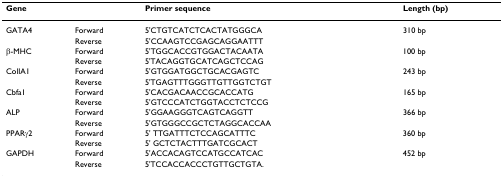
<table><thead><tr><td><b>Gene</b></td><td></td><td><b>Primer sequence</b></td><td><b>Length (bp)</b></td></tr></thead><tbody><tr><td>GATA4</td><td>Forward</td><td>5&#x27;CTGTCATCTCACTATGGGCA</td><td>310 bp</td></tr><tr><td></td><td>Reverse</td><td>5&#x27;CCAAGTCCGAGCAGGAATTT</td><td></td></tr><tr><td>β-MHC</td><td>Forward</td><td>5&#x27;TGGCACCGTGGACTACAATA</td><td>100 bp</td></tr><tr><td></td><td>Reverse</td><td>5&#x27;TACAGGTGCATCAGCTCCAG</td><td></td></tr><tr><td>ColIA1</td><td>Forward</td><td>5&#x27;GTGGATGGCTGCACGAGTC</td><td>243 bp</td></tr><tr><td></td><td>Reverse</td><td>5&#x27;TGAGTTTGGGTTGTTGGTCTGT</td><td></td></tr><tr><td>Cbfa1</td><td>Forward</td><td>5&#x27;CACGACAACCGCACCATG</td><td>165 bp</td></tr><tr><td></td><td>Reverse</td><td>5&#x27;GTCCCATCTGGTACCTCTCCG</td><td></td></tr><tr><td>ALP</td><td>Forward</td><td>5&#x27;GGAAGGGTCAGTCAGGTT</td><td>366 bp</td></tr><tr><td></td><td>Reverse</td><td>5&#x27;GTGGGCCGCTCTAGGCACCAA</td><td></td></tr><tr><td>PPARγ2</td><td>Forward</td><td>5&#x27; TTGATTTCTCCAGCATTTC</td><td>360 bp</td></tr><tr><td></td><td>Reverse</td><td>5&#x27; GCTCTACTTTGATCGCACT</td><td></td></tr><tr><td>GAPDH</td><td>Forward</td><td>5&#x27;ACCACAGTCCATGCCATCAC</td><td>452 bp</td></tr><tr><td></td><td>Reverse</td><td>5&#x27;TCCACCACCCTGTTGCTGTA.</td><td></td></tr></tbody></table>